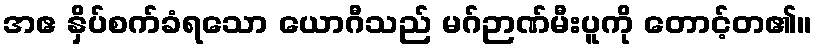
အဧ နှိပ်စက်ခံရသော ယောဂီသည် မဂ်ဉာဏ်မီးပူကို တောင့်တ၏။